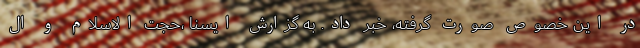
در این خصوص صورت گرفته، خبر داد. به گزارش ایسنا ،حجت الاسلام و ال